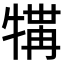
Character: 𪺲